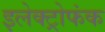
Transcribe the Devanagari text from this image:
इलेक्ट्रोफंक